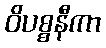
ဝိပစ္စနီကာ